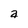
Character: a